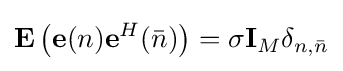
\mathbf {E} \left({\bf {e}}(n){\bf {e}}^{H}({\bar {n}})\right)=\sigma {\bf {I}}_{M}\delta _{n,{\bar {n}}}